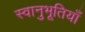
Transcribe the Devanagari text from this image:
स्वानुभूतियाँ